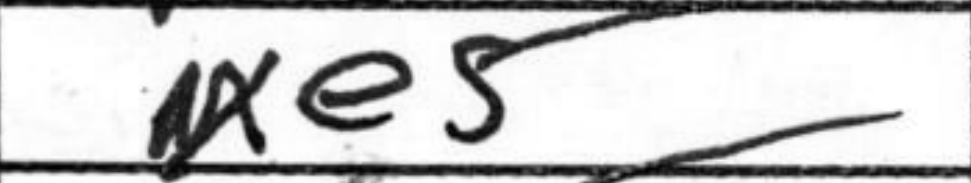
Transcription: Nxe5